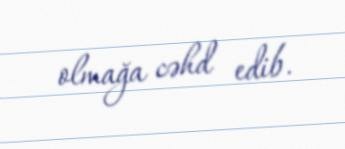
olmağa cəhd edib.